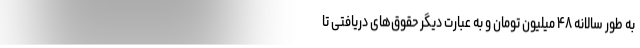
به طور سالانه ۴۸ میلیون تومان و به عبارت دیگر حقوق‌های دریافتی تا